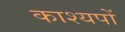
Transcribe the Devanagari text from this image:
काश्यपों